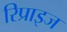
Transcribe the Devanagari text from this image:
रिप्राइज